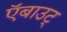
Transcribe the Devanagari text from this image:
ऍबाउट्